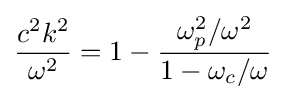
{\frac {c^{2}k^{2}}{\omega ^{2}}}=1-{\frac {\omega _{p}^{2}/\omega ^{2}}{1-\omega _{c}/\omega }}